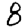
Digit: 8